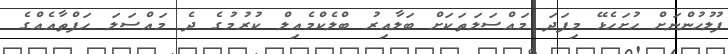
ފުލުހުންނަށް ހުށަހެޅޭ މިފަދަ މައްސަލަތަކަށް ބަލާއިރު ބްލެކްމެއިލް ކުރުމުގެ ދެ މައްސަލަ ހަފްތާއެއްގެ